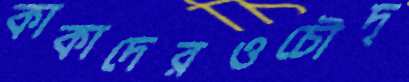
কাকাদেরওচৌদ্